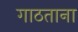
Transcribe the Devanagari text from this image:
गाठताना